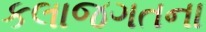
કલાજગતના